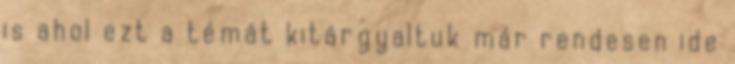
is ahol ezt a témát kitárgyaltuk már rendesen ide